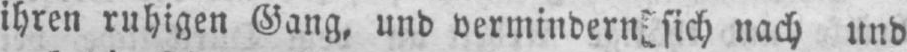
sich nach und